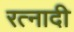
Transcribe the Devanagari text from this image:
रत्‍नादी